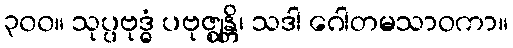
၃၀၀။ သုပ္ပဗုဒ္ဓံ ပဗုဇ္ဈန္တိ၊ သဒါ ဂေါတမသာဝကာ။